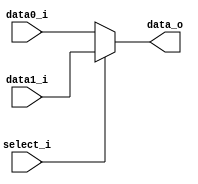
//--------------------------------------------------------------------------------
//Version:     1
//--------------------------------------------------------------------------------
//Writer:      Luke
//----------------------------------------------
//Date:        
//----------------------------------------------
//Description: 
//--------------------------------------------------------------------------------
     
module MUX_2to1(
               data0_i,
               data1_i,
               select_i,
               data_o
               );

parameter size = 0;			   
			
//I/O ports               
input   [size-1:0] data0_i;          
input   [size-1:0] data1_i;
input              select_i;
output  [size-1:0] data_o; 

//Internal Signals
reg     [size-1:0] data_o;

//Main function
always@( select_i, data0_i, data1_i )begin
    if (select_i == 0)
        data_o <= data0_i;
    else
        data_o <= data1_i;
    // $display("MUX data input 0 = %b", data0_i);
end
endmodule